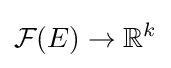
{\mathcal {F}}(E)\to \mathbb {R} ^{k}